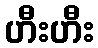
ဟီးဟီး